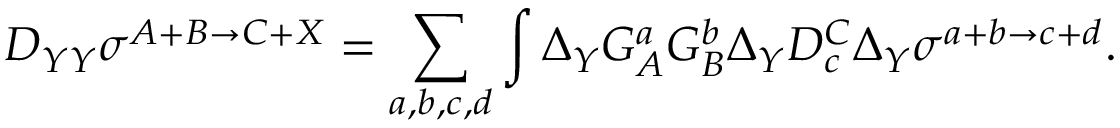
D _ { Y Y } \sigma ^ { A + B \rightarrow C + X } = \sum _ { a , b , c , d } \int \Delta _ { Y } G _ { A } ^ { a } G _ { B } ^ { b } \Delta _ { Y } D _ { c } ^ { C } \Delta _ { Y } \sigma ^ { a + b \rightarrow c + d } .